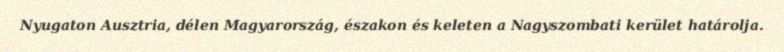
Nyugaton Ausztria, délen Magyarország, északon és keleten a Nagyszombati kerület határolja.